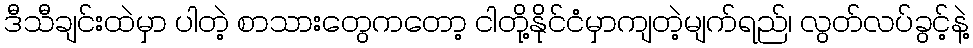
ဒီသီချင်းထဲမှာ ပါတဲ့ စာသားတွေကတော့ ငါတို့နိုင်ငံမှာကျတဲ့မျက်ရည်၊ လွတ်လပ်ခွင့်နဲ့